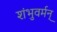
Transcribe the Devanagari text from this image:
शंभुवर्मन्